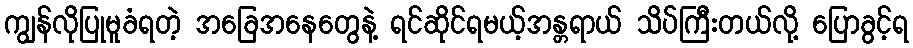
ကျွန်လိုပြုမူခံရတဲ့ အခြေအနေတွေနဲ့ ရင်ဆိုင်ရမယ့်အန္တရာယ် သိပ်ကြီးတယ်လို့ ပြောခွင့်ရ